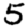
Digit: 5